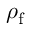
\rho _ { \mathrm { f } }